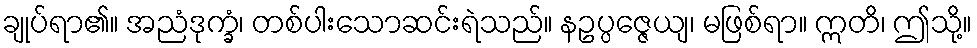
ချုပ်ရာ၏။ အညံဒုက္ခံ၊ တစ်ပါးသောဆင်းရဲသည်။ နဥပ္ပဇ္ဇေယျ၊ မဖြစ်ရာ။ ဣတိ၊ ဤသို့။